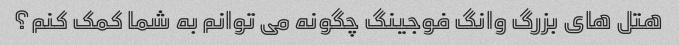
هتل های بزرگ وانگ فوجینگ چگونه می توانم به شما کمک کنم؟